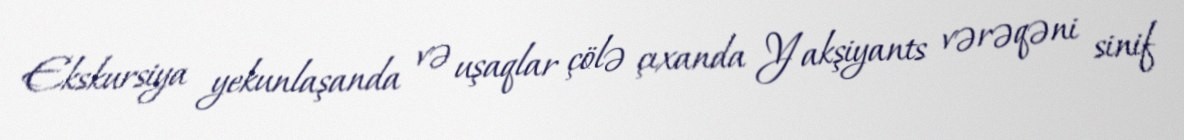
Ekskursiya yekunlaşanda və uşaqlar çölə çıxanda Yakşiyants vərəqəni sinif